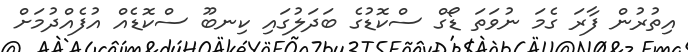
އިތުރުން ފާރަ ގެމަ ނުވަތަ ޑޯގް ސްކޮޑުގެ ބަދަލުގައި ކިނބޫ ސްކޮޑެއް އުފެއްދުމަށް